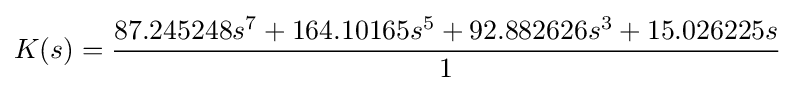
K(s)={\frac {87.245248s^{7}+164.10165s^{5}+92.882626s^{3}+15.026225s}{1}}